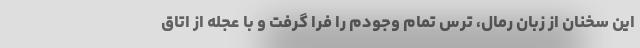
این سخنان از زبان رمال، ترس تمام وجودم را فرا گرفت و با عجله از اتاق